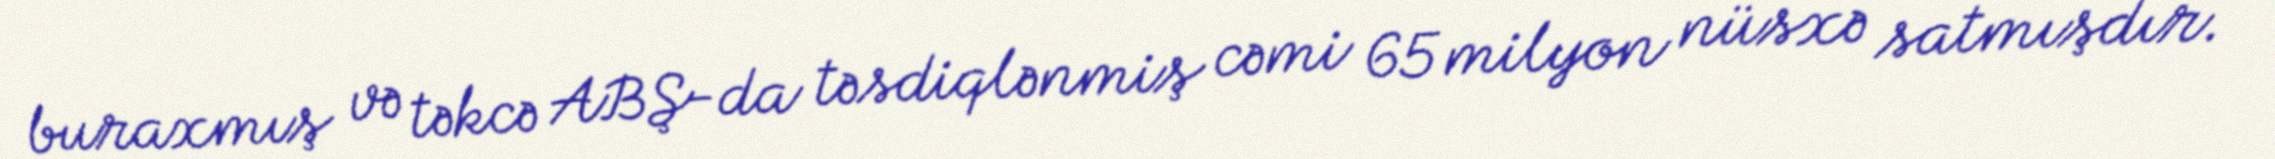
buraxmış və təkcə ABŞ-da təsdiqlənmiş cəmi 65 milyon nüsxə satmışdır.